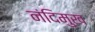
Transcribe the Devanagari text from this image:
नंदिमुख